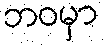
ဘဝမှာ